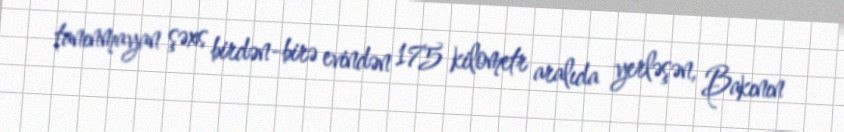
tanınmayan şəxs birdən-birə evindən 175 kilometr aralıda yerləşən, Bakının